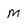
Character: M